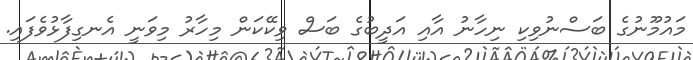
މައުމޫނުގެ ބަސްނުވިކި ނިހާނު އާއި އަދީބުގެ ބަސް ވިކޭކަން މިހާރު މިވަނީ އެނގިފާޅުވެފައި.